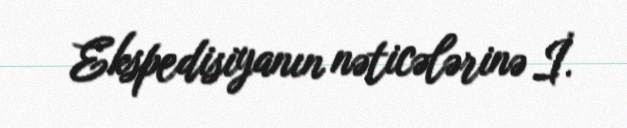
Ekspedisiyanın nəticələrinə İ.